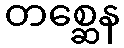
တစ္ဆေန